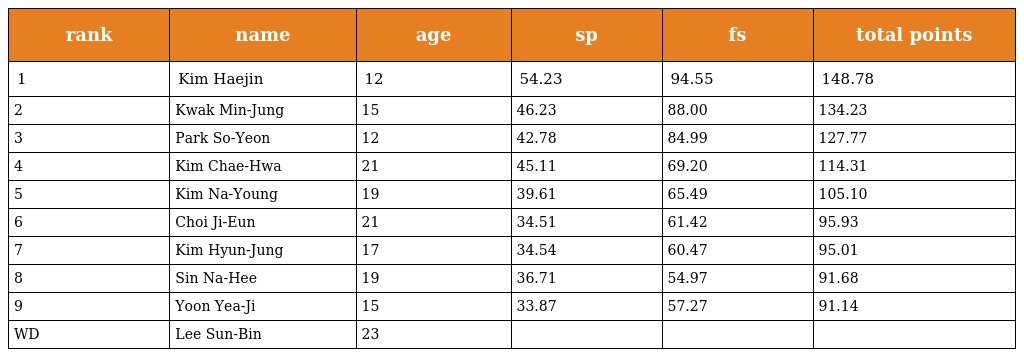
| rank | name | age | sp | fs | total points |
 | --- | --- | --- | --- | --- | --- |
 | 1 | Kim Haejin | 12 | 54.23 | 94.55 | 148.78 |
 | 2 | Kwak Min-Jung | 15 | 46.23 | 88.00 | 134.23 |
 | 3 | Park So-Yeon | 12 | 42.78 | 84.99 | 127.77 |
 | 4 | Kim Chae-Hwa | 21 | 45.11 | 69.20 | 114.31 |
 | 5 | Kim Na-Young | 19 | 39.61 | 65.49 | 105.10 |
 | 6 | Choi Ji-Eun | 21 | 34.51 | 61.42 | 95.93 |
 | 7 | Kim Hyun-Jung | 17 | 34.54 | 60.47 | 95.01 |
 | 8 | Sin Na-Hee | 19 | 36.71 | 54.97 | 91.68 |
 | 9 | Yoon Yea-Ji | 15 | 33.87 | 57.27 | 91.14 |
 | WD | Lee Sun-Bin | 23 |  |  |  |